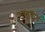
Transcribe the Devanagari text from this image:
अगामिड